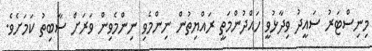
މިނިސްޓަރު ސައީދު ވިދާޅުވީ ހައްދުންމަތީ ރައްޔިތުން ނިންމެވި ނިންމެވިން ވަަރަށް ސާބިތު ކަަމަށެވެ.